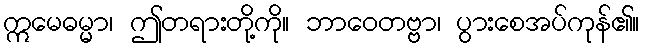
ဣမေဓမ္မာ၊ ဤတရားတို့ကို။ ဘာဝေတဗ္ဗာ၊ ပွားစေအပ်ကုန်၏။